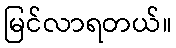
မြင်လာရတယ်။